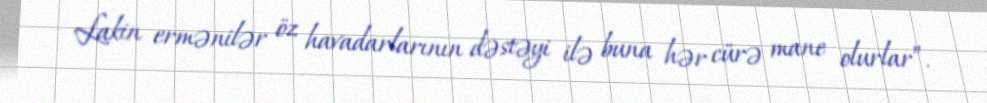
Lakin ermənilər öz havadarlarının dəstəyi ilə buna hər cürə mane olurlar”.